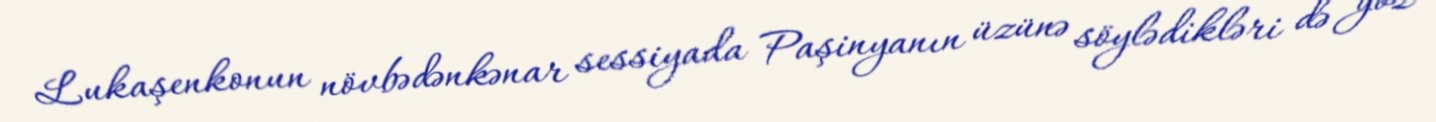
Lukaşenkonun növbədənkənar sessiyada Paşinyanın üzünə söylədikləri də göz